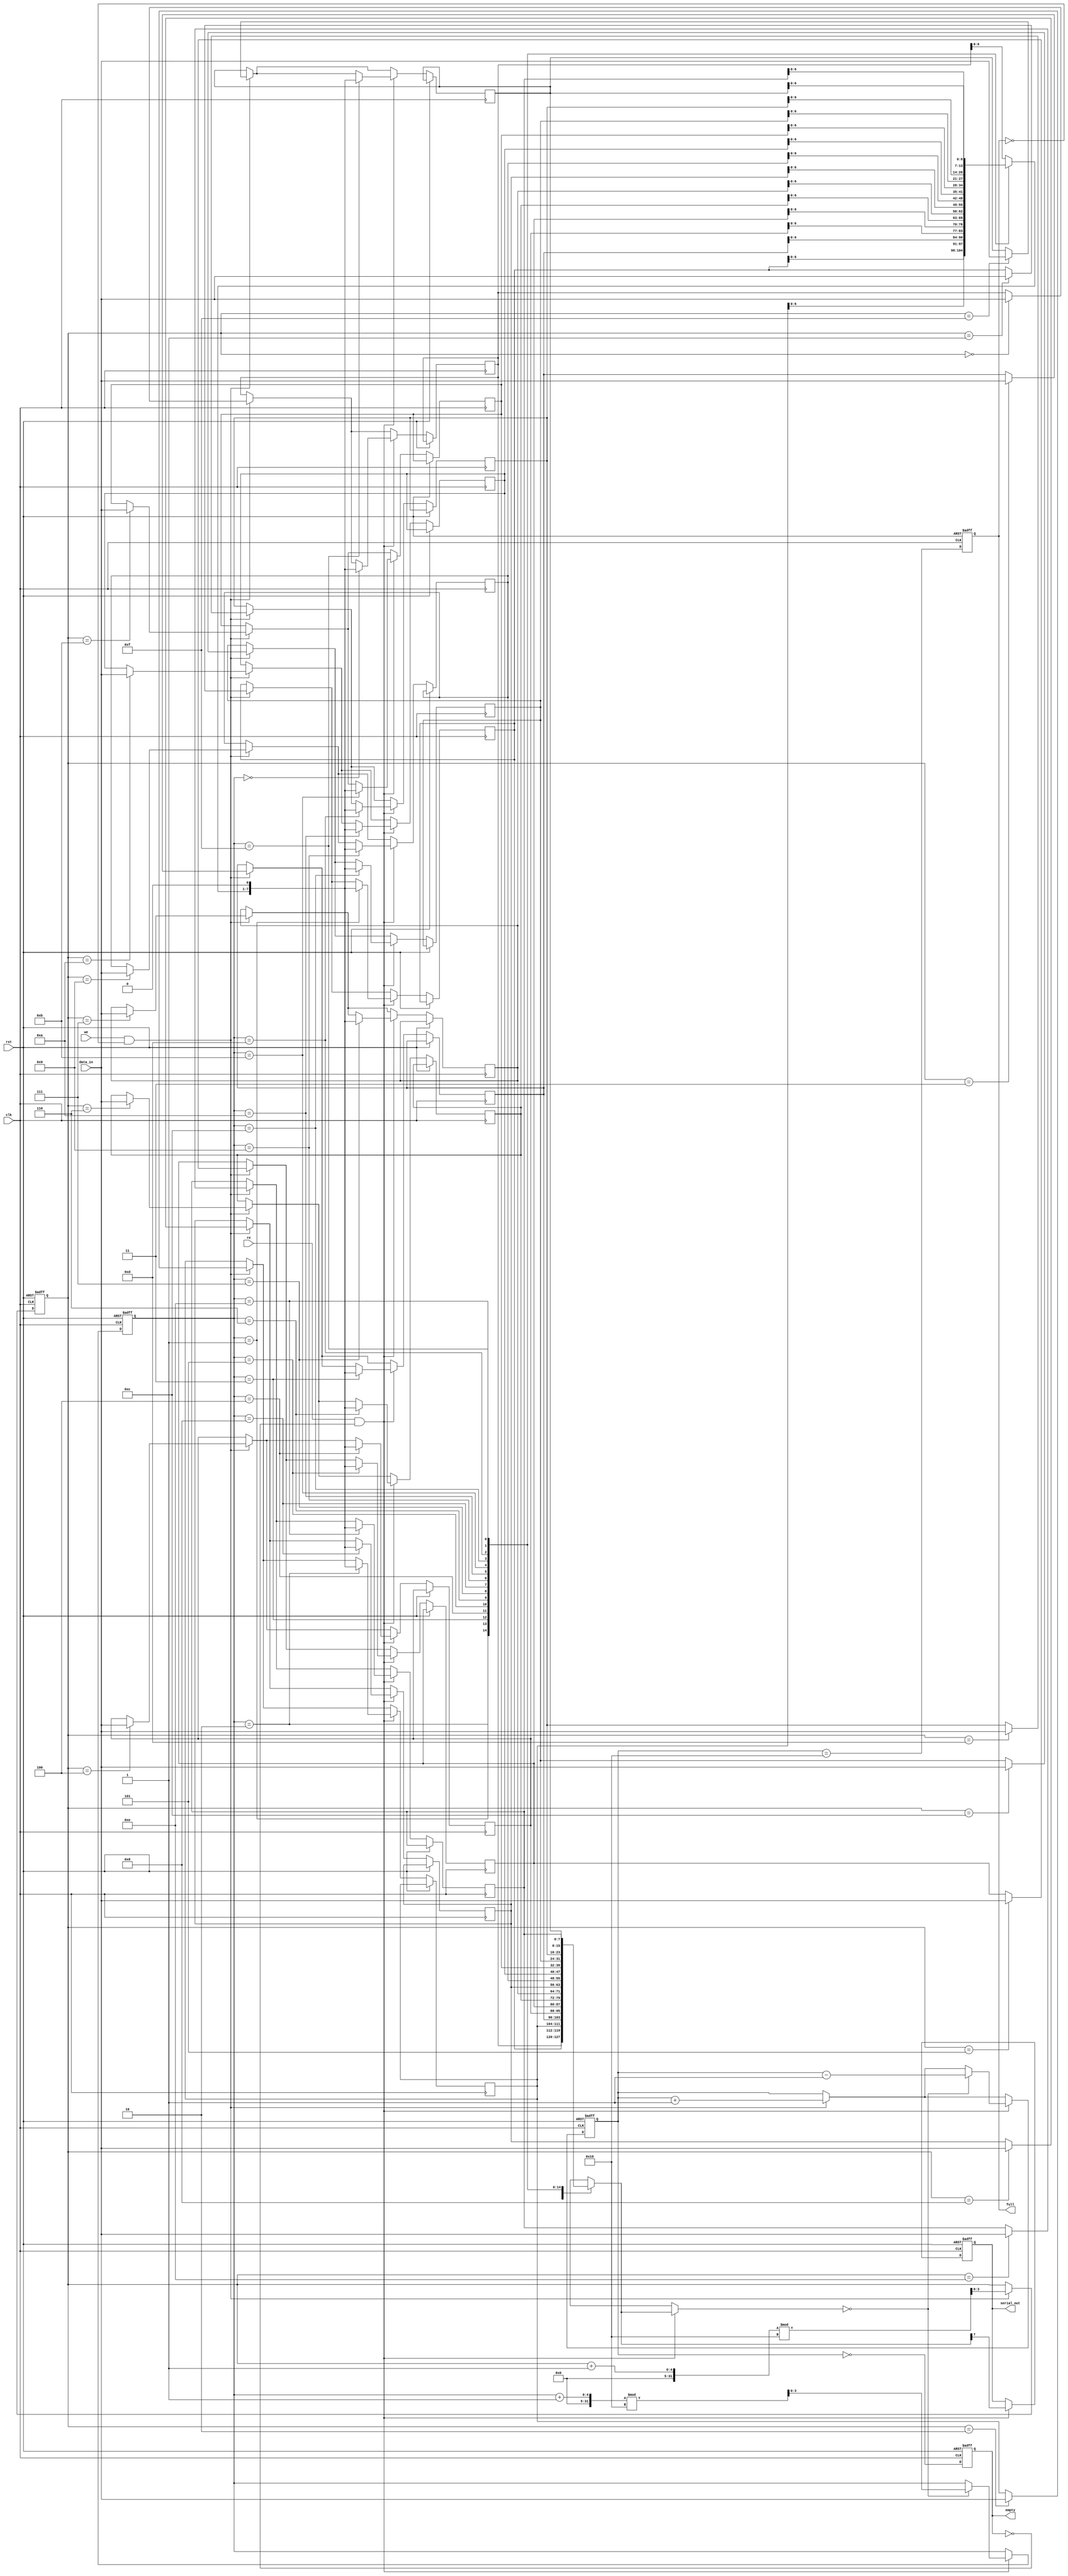
module fifo_piso #(
    parameter DATA_WIDTH = 8,  // Width of the data input
    parameter FIFO_DEPTH = 16   // Depth of the FIFO
)(
    input wire clk,              // Clock signal
    input wire rst,              // Reset signal
    input wire we,               // Write Enable
    input wire re,               // Read Enable
    input wire [DATA_WIDTH-1:0] data_in, // Parallel input data
    output reg serial_out,       // Serial output data
    output reg full,             // FIFO full flag
    output reg empty             // FIFO empty flag
);

    reg [DATA_WIDTH-1:0] fifo_mem [0:FIFO_DEPTH-1]; // FIFO memory
    reg [3:0] write_ptr;        // Write pointer
    reg [3:0] read_ptr;         // Read pointer
    reg [4:0] count;            // Number of elements in FIFO

    // Initialize pointers and flags
    always @(posedge clk or posedge rst) begin
        if (rst) begin
            write_ptr <= 0;
            read_ptr <= 0;
            count <= 0;
            full <= 0;
            empty <= 1;
            serial_out <= 0;
        end else begin
            // Write operation
            if (we && !full) begin
                fifo_mem[write_ptr] <= data_in; // Store data in FIFO
                write_ptr <= (write_ptr + 1) % FIFO_DEPTH; // Circular increment
                count <= count + 1;
            end

            // Read operation
            if (re && !empty) begin
                serial_out <= fifo_mem[read_ptr][DATA_WIDTH-1]; // Output the MSB
                fifo_mem[read_ptr] <= {fifo_mem[read_ptr][DATA_WIDTH-2:0], 1'b0}; // Shift left
                if (fifo_mem[read_ptr] == 0) begin
                    read_ptr <= (read_ptr + 1) % FIFO_DEPTH; // Circular increment
                    count <= count - 1;
                end
            end

            // Update full and empty flags
            full <= (count == FIFO_DEPTH);
            empty <= (count == 0);
        end
    end

endmodule